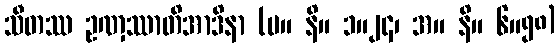
သီတဿ ဥဏှဿာတိအာဒိနာ (မ။ နိ။ ၁။၂၄၊ အ။ နိ။ ၆။၅၈)